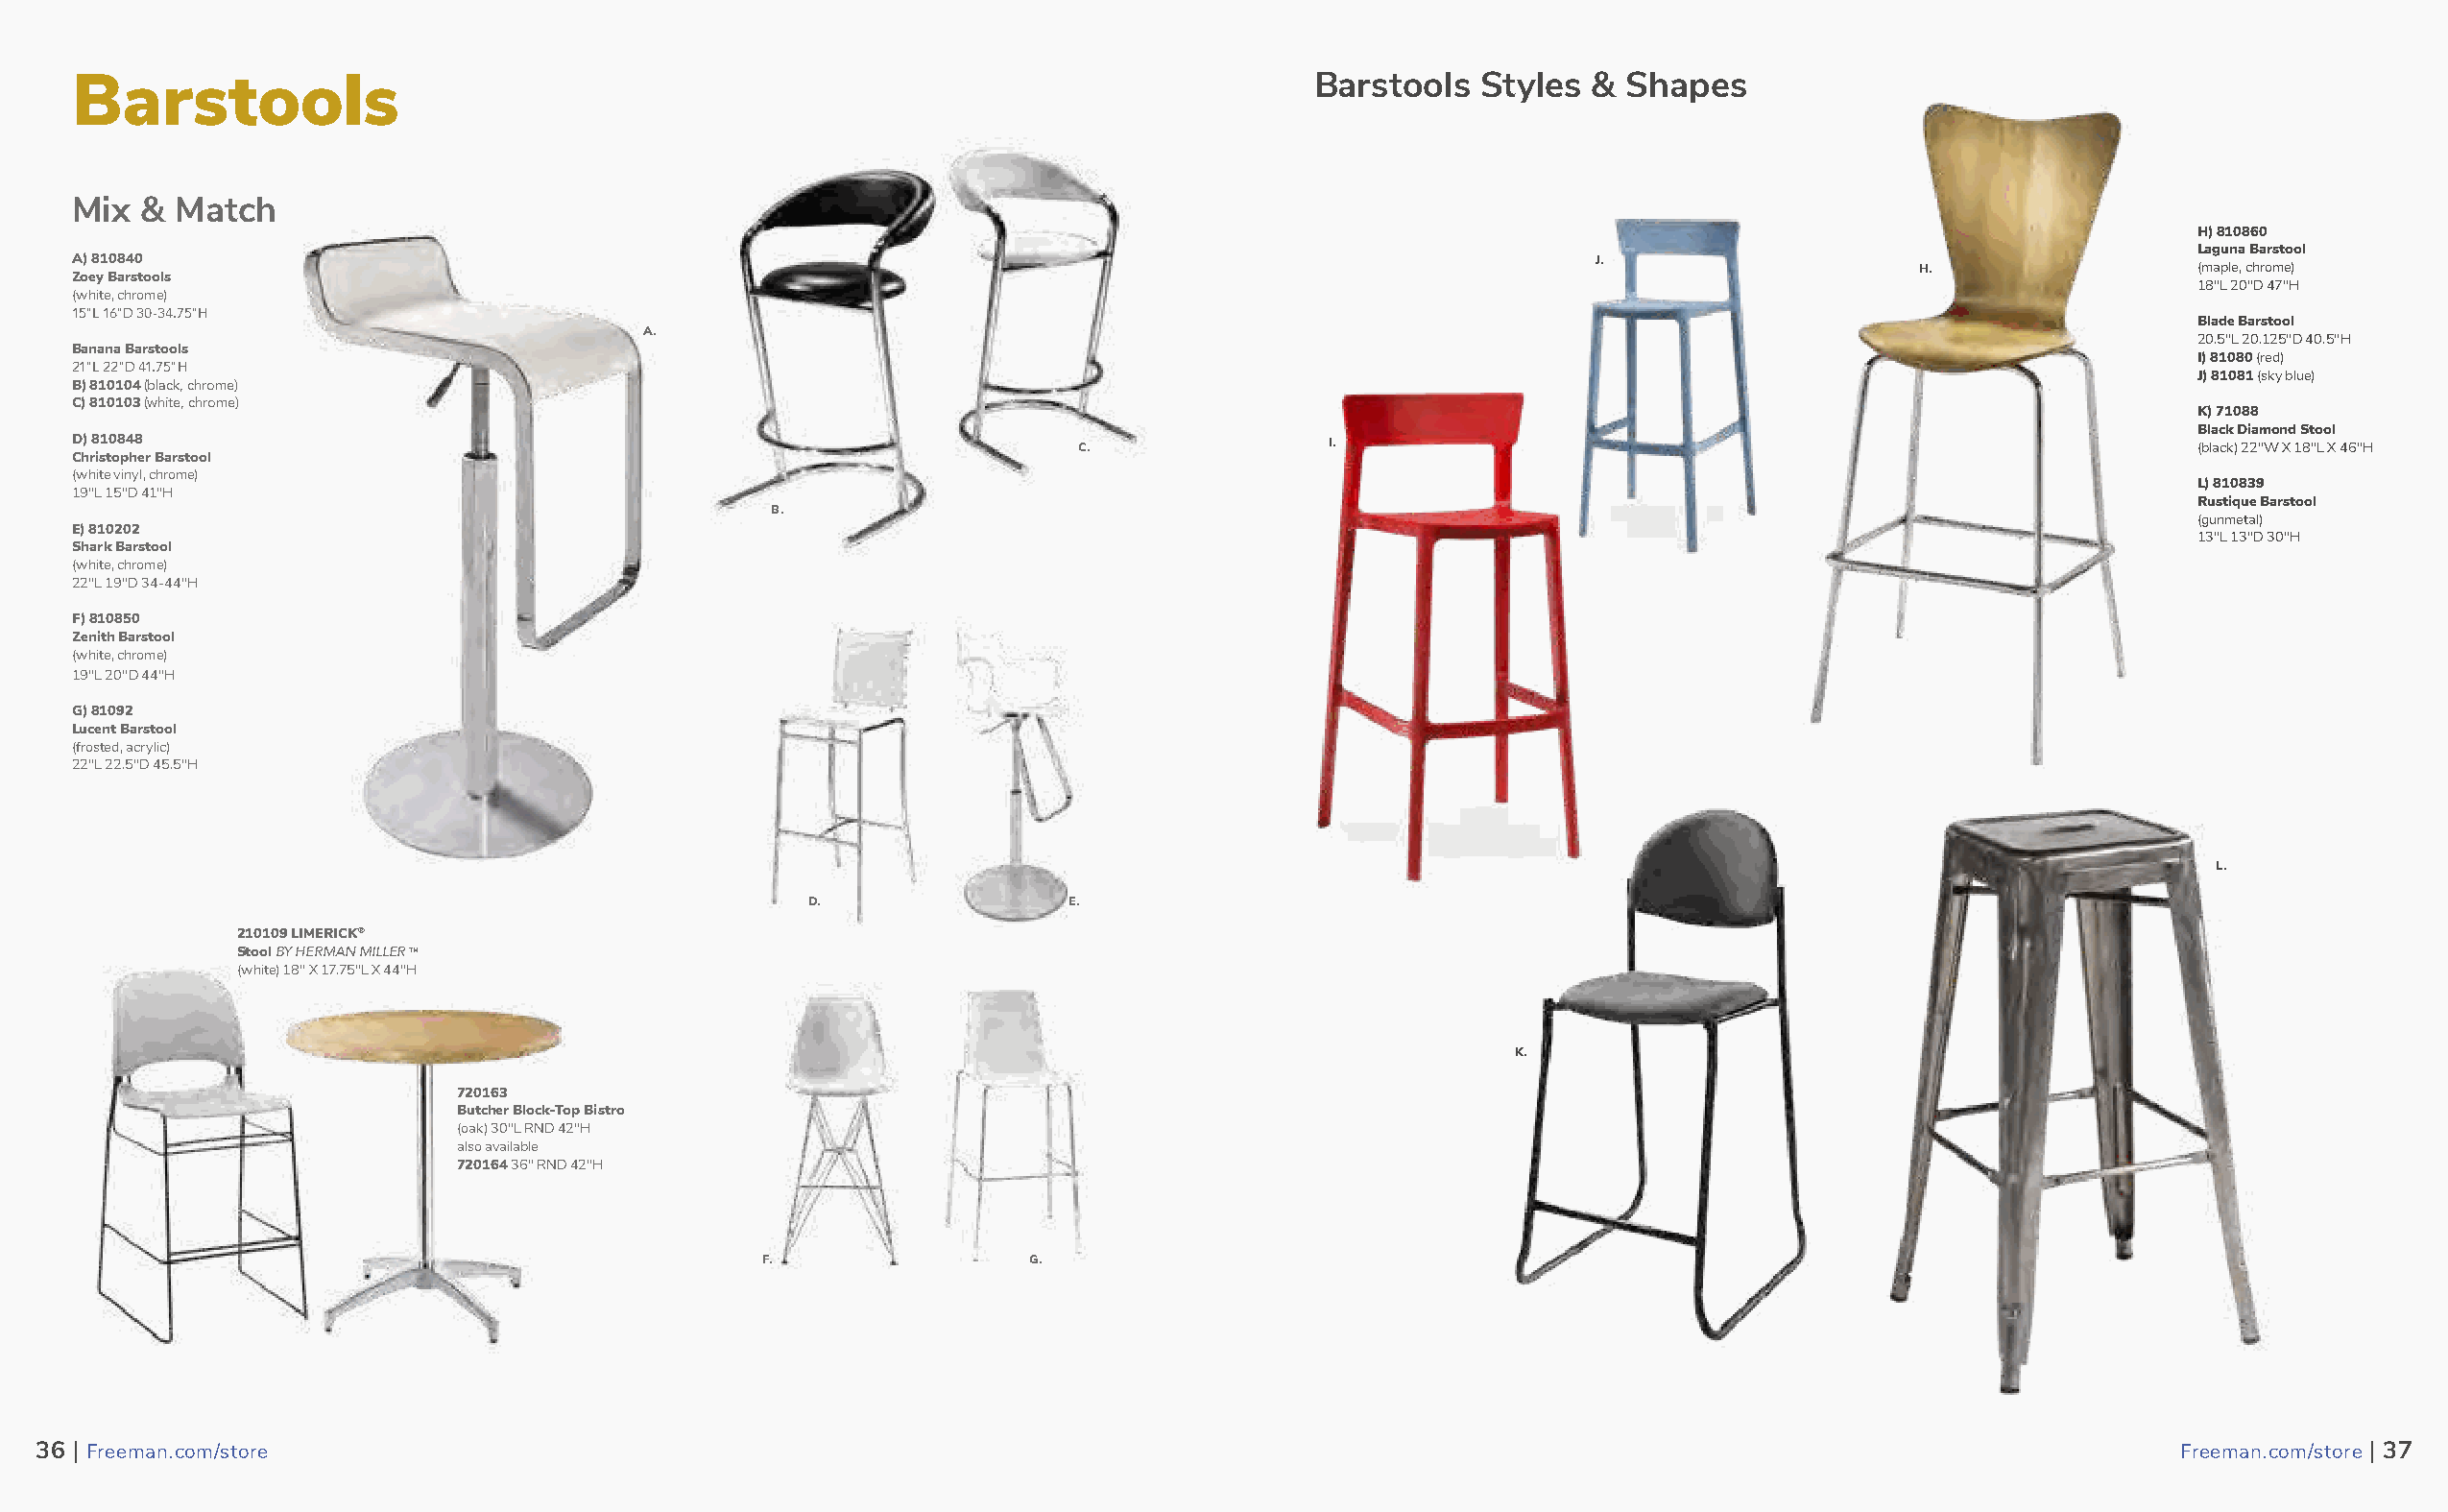
Barstools                                                                             Barstools  Styles  & Shapes
 Mix  & Match
 H) 810860
 Laguna Barstool
 A) 810840                                                                                                J.                    H.                  (maple, chrome)
 Zoey Barstools
 18"L 20"D 47"H
 (white, chrome)
 15"L 16"D 30-34.75"H
 Blade Barstool
 A.
 20.5"L 20.125"D 40.5"H
 Banana Barstools
 I) 81080 (red)
 21"L 22"D 41.75"H
 J) 81081 (sky blue)
 B) 810104 (black, chrome)
 C) 810103 (white, chrome)
 K) 71088
 Black Diamond Stool
 D) 810848                                                            C.                I.                                                          (black) 22"W X 18"L X 46"H
 Christopher Barstool
 (white vinyl, chrome)
 L) 810839
 19"L 15"D 41"H
 Rustique Barstool
 B.
 (gunmetal)
 E) 810202
 13"L 13"D 30"H
 Shark Barstool
 (white, chrome)
 22"L 19"D 34-44"H
 F) 810850
 Zenith Barstool
 (white, chrome)
 19"L 20"D 44"H
 G) 81092
 Lucent Barstool
 (frosted, acrylic)
 22"L 22.5"D 45.5"H
 L.
 D.                E.
 210109 LIMERICK®
 Stool BY HERMAN MILLER TM
 (white) 18" X 17.75"L X 44"H
 K.
 720163
 Butcher Block-Top Bistro
 (oak) 30"L RND 42"H
 also available
 720164 36" RND 42"H
 F.                G.
 3366 || FFrreeeemmaann..ccoomm//ssttoorree                                                                                                          FFrreeeemmaann..ccoomm//ssttoorree || 3377
 37                                                                                                                                                                 38